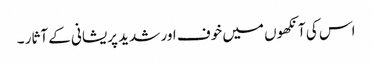
اس کی آنکھوں میں خوف اور شدید پریشانی کے آثار ۔